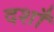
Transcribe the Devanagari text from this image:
दशाँ